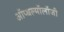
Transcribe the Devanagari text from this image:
ऑप्थल्मॉलॉजी